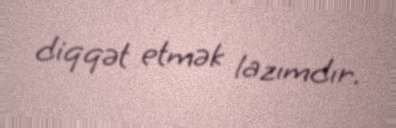
diqqət etmək lazımdır.